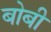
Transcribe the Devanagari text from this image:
बोबी